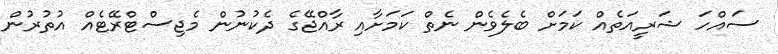
ސައްހަ ޝަރީއަތެއް ކަމަށް ބެލެވެން ނެތް ކަމަށާއި ރާއްޖޭގެ ދެކުނުން މެޖިސްޓްރޭޓެއް އުތުރުން